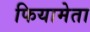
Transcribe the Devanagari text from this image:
फियामेता